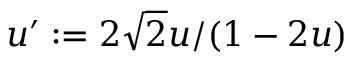
u ^ { \prime } : = 2 \sqrt { 2 } u / ( 1 - 2 u )